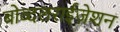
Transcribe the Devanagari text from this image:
बोव्दलराईज़ेशन